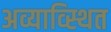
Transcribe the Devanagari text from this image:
अव्याव्स्थित